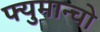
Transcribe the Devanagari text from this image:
फ्युमान्चो